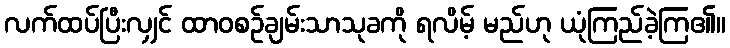
လက်ထပ်ပြီးလျှင် ထာဝစဉ်ချမ်းသာသုခကို ရလိမ့် မည်ဟု ယုံကြည်ခဲ့ကြ၏။